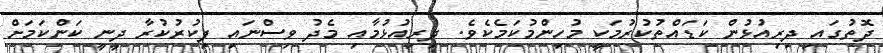
ދޮތުގައި ދިރިއުޅުން ކަޑައްތުކުރުމަކީ މުހިންމުކަމެކެވެ. ދިރިއުޅުމާއި މެދު ވިސްނައި ފިކުރުކުރާ ދީނީ ކަންކަމަށް